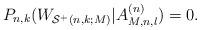
LaTeX: \begin{align*} P_{n,k}(W_{\mathcal{S}^+(n,k;M)}|A^{(n)}_{M,n,l})=0.\end{align*}